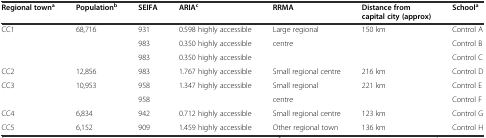
| Regional towna | Populationb | SEIFA | ARIAc | RRMA | Distance from capital city (approx) | Schoola |
 | --- | --- | --- | --- | --- | --- | --- |
 | <ROWSPAN=3> CC1 | <ROWSPAN=3> 68,716 | 931 | 0.598 highly accessible | Large regional | 150 km | Control A |
 | 983 | 0.350 highly accessible | centre |  | Control B |
 | 983 | 0.350 highly accessible |  |  | Control C |
 | CC2 | 12,856 | 983 | 1.767 highly accessible | Small regional centre | 216 km | Control D |
 | <ROWSPAN=2> CC3 | <ROWSPAN=2> 10,953 | 958 | <ROWSPAN=2> 1.347 highly accessible | Small regional | 221 km | Control E |
 | 958 | centre |  | Control F |
 | CC4 | 6,834 | 942 | 0.712 highly accessible | Small regional centre | 123 km | Control G |
 | CC5 | 6,152 | 909 | 1.459 highly accessible | Other regional town | 136 km | Control H |